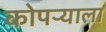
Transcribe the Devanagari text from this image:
कोपऱ्याला